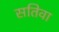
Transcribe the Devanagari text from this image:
सतिवा